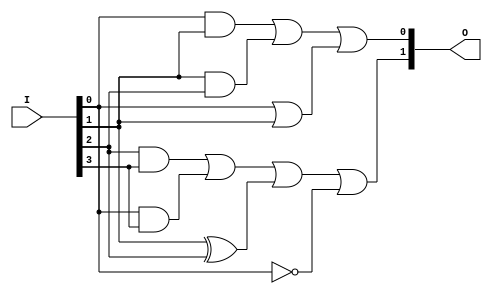
module GAL (
    input wire [N-1:0] I, // N input signals
    output wire [M-1:0] O // M output signals
);

// Parameters for the number of inputs and outputs
parameter N = 4; // Number of inputs
parameter M = 2; // Number of outputs
parameter P = 8; // Number of product terms

// Internal wires for product terms
wire [P-1:0] product_terms;

// Programmable AND array
// Each product term can be configured based on the desired logic functions
assign product_terms[0] = I[0] & I[1]; // Example product term
assign product_terms[1] = I[1] & I[2]; // Example product term
assign product_terms[2] = I[2] & I[3]; // Example product term
assign product_terms[3] = I[0] & I[3]; // Example product term
assign product_terms[4] = I[0] | I[1]; // Example product term
assign product_terms[5] = I[1] ^ I[2]; // Example product term
assign product_terms[6] = ~I[0];        // Example product term
assign product_terms[7] = I[2] & ~I[3]; // Example product term

// Fixed OR array
// Each output can be driven by one or more product terms
assign O[0] = product_terms[0] | product_terms[1] | product_terms[4]; // Example output logic
assign O[1] = product_terms[2] | product_terms[3] | product_terms[5] | product_terms[6]; // Example output logic

endmodule